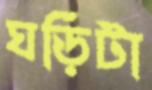
ঘড়িটা